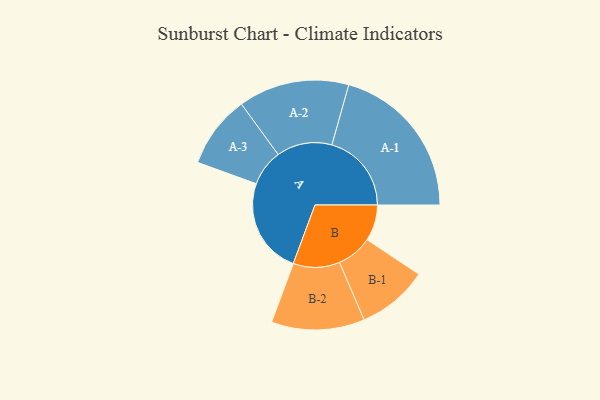
{"axis": {"x": "Segment", "y": "Value"}, "legend": ["", "A", "B"], "data": [{"x": "A", "y": 346, "type": ""}, {"x": "B", "y": 130, "type": ""}, {"x": "A-1", "y": 287, "type": "A"}, {"x": "A-2", "y": 200, "type": "A"}, {"x": "A-3", "y": 131, "type": "A"}, {"x": "B-1", "y": 128, "type": "B"}, {"x": "B-2", "y": 168, "type": "B"}]}